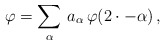
\begin{align*} \varphi = \sum_{\alpha } \, a_\alpha \, \varphi(2\cdot-\alpha)\,,\end{align*}